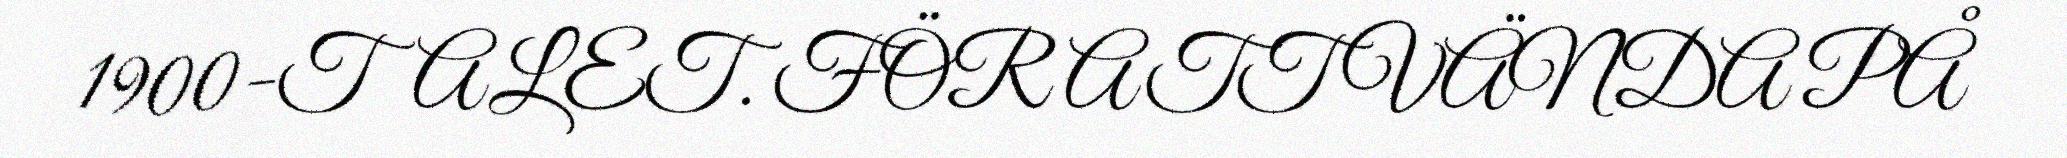
1900-TALET. FÖR ATT VÄNDA PÅ